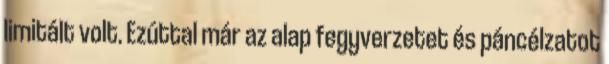
limitált volt. Ezúttal már az alap fegyverzetet és páncélzatot